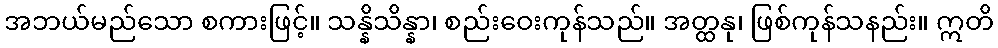
အဘယ်မည်သော စကားဖြင့်။ သန္နိသိန္နာ၊ စည်းဝေးကုန်သည်။ အတ္ထနု၊ ဖြစ်ကုန်သနည်း။ ဣတိ